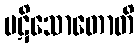
ပဋိသောတောတိ